Leprosy in India: report of the Leprosy Commission in India, 1890-91
Year: 1890
Disease focus: Leprosy
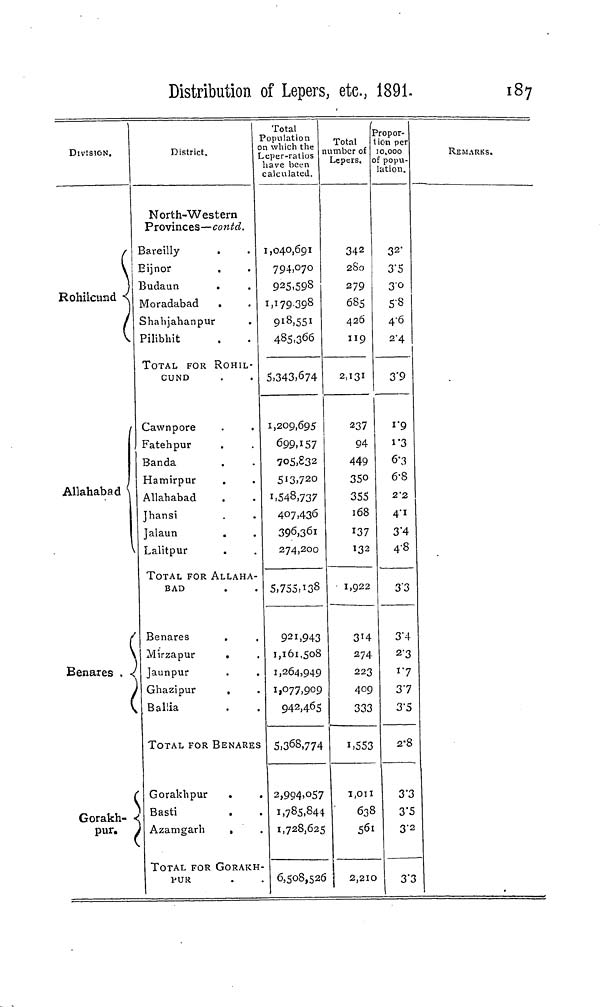
Distribution of Lepers, etc., 1891.
187
DIVISION,
(
\
\
Rohiicund <
/
1
Allahabad (
{
Benares . *(
<
Gorakh- <
pur. ,
District.
North-Western
Provinces—contd.
Bareilly
Bijnor
.
Budaun
.
Moradabad
Shahjahanpur
Pilibhit
TOTAL FOR ROHIL-
CUND
Cawnpore
Fatehpur
.
Banda
Hamirpur
Allahabad
Jhansi
Jalaun
Lalitpur
TOTAL FOR ALLAHA-
BAD
Benares
Mirzapur
.
Jaunpur
.
.
Ghazipur
.
Ballia
TOTAL FOR BENARES
Goraklipur
Basti
Azamgarh
,
TOTAL FOR GORAKH
PUR
Total
Population
)n which the
Leper-ratios
have been
calculated.
1,040,691
794,070
925,593
1,179.398
9 l8 .55i
485-366
5.343,674
1,209,695
699.157
7o5,£32
513.720
1,548,737
407,436
396,361
274,200
5,755,138
921,943
1,161,508
1,264,949
1,077,909
942,465
5,368,774
2,994>°57
1,785,844
1,728,625
6,508,526
Total
lumber of
Lepers.
342
2S0
279
685
426
119
2,131
237
94
449
350
355
168
137
132
1,922
3 T 4
274
223
40c
333
i,55:
I,OI1
'
63!
56
2,21
Propor-
tion per
10,000
of popu-
lation.
32-
3 - 5
3'0
5-8
4-6
2-4
3'9
x
"9
i"3
6-3
6-8
2'2
4'i
3"4
4-8
3'3
3'4
2-3
i'7
3 - 7
3'5
2-6
3 - :
3
3-
1
3 -
0
3"
REMARKS.
3
2
3